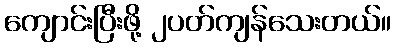
ကျောင်းပြီးဖို့ ၂ပတ်ကျန်သေးတယ်။